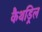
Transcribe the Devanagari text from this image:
कैथड्रिल